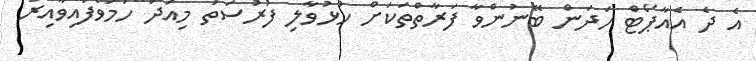
އެ ދެ އެއާޕޯޓް ހަދަން ބޭނުންވާ ފަރާތްތަކަށް ހުޅުވާލި ފުރުސަތު މިއަދު ހަމަވެފައިވާއިރު